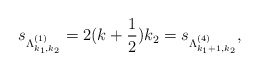
\begin{align*}s_{\Lambda^{(1)}_{k_1,k_2}}=2(k+\frac{1}{2})k_2 = s_{\Lambda^{(4)}_{k_1+1,k_2}},\end{align*}